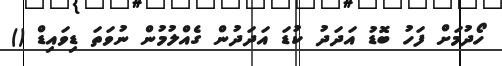
ހޯދުމަށް ފަހު ބޮޑު އަދަދު ކުޑަ އަދަދުން ގެއްލުމުން ނުވަތަ ޑިވައިޑް ()